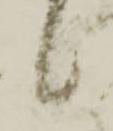
候